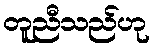
တူညီသည်ဟု